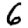
Digit: 6